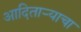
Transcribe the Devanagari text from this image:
आदितार्‍याचा